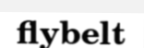
flybelt